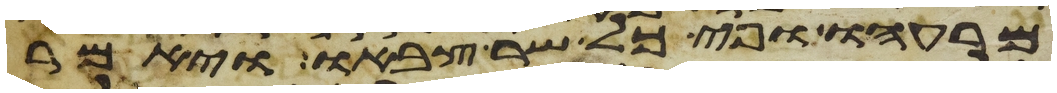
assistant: מרעהו ופיכל שר צבאו ויאמר